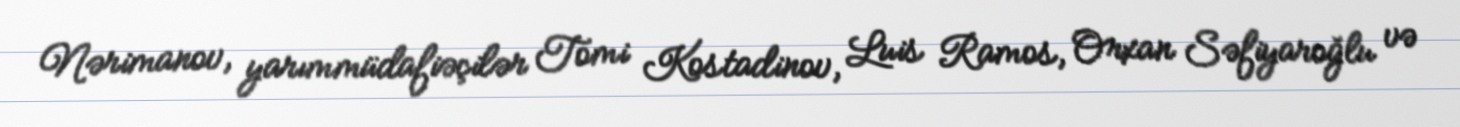
Nərimanov, yarımmüdafiəçilər Tomi Kostadinov, Luis Ramos, Orxan Səfiyaroğlu və